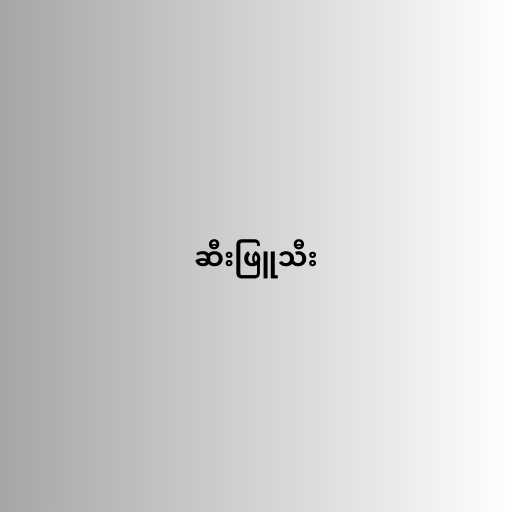
ဆီးဖြူသီး